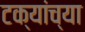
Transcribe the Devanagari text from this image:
टक्यांच्या